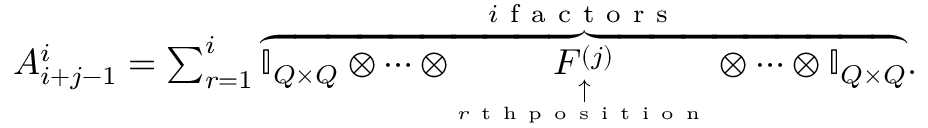
\begin{array} { r } { A _ { i + j - 1 } ^ { i } = \sum _ { r = 1 } ^ { i } \overset { i \mathrm { ~ f ~ a ~ c ~ t ~ o ~ r ~ s ~ } } { \overbrace { \ensuremath { \mathbb { I } _ { Q \times Q } } \otimes \cdots \otimes \underset { \underset { r \mathrm { ~ t ~ h ~ p ~ o ~ s ~ i ~ t ~ i ~ o ~ n ~ } } { \uparrow } } { F ^ { ( j ) } } \otimes \cdots \otimes \ensuremath { \mathbb { I } _ { Q \times Q } } } } . } \end{array}